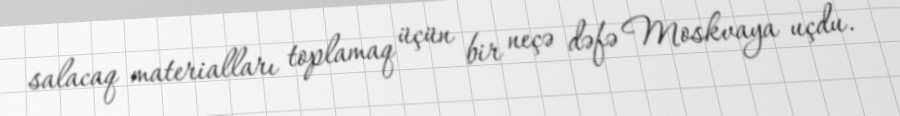
salacaq materialları toplamaq üçün bir neçə dəfə Moskvaya uçdu.